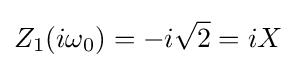
Z_{1}(i\omega _{0})=-i{\sqrt {2}}=iX\